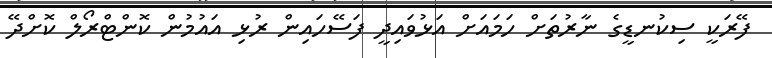
ފޭރަކީ ސިކުނޑީގެ ނާރުތަށް ހަމައަށް އަޅުވައިދީ ފަސޭހައިން ރުޅި އައުމުން ކޮންޓްރޯލް ކޮށްދޭ